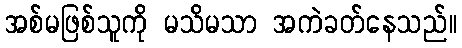
အစ်မဖြစ်သူကို မသိမသာ အကဲခတ်နေသည်။